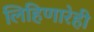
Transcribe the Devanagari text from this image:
लिहिणारेही